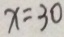
x = 3 0